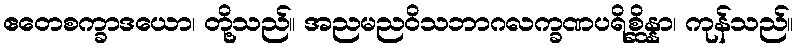
ဧတေစက္ခာဒယော၊ တို့သည်။ အညမညဝိသဘာဂလက္ခဏပရိစ္ဆိန္နာ၊ ကုန်သည်။